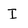
Character: I